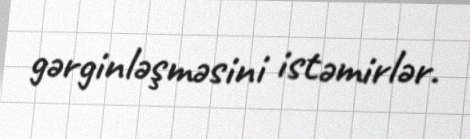
gərginləşməsini istəmirlər.